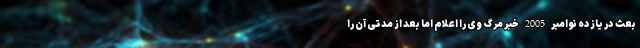
بعث در یازده نوامبر 2005 خبر مرگ وی را اعلام اما بعد از مدتی آن را